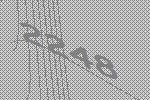
2248